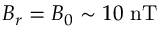
B _ { r } = B _ { 0 } \sim 1 0 ~ \mathrm { n T }